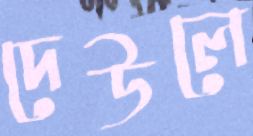
দেউলে